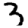
Digit: 3